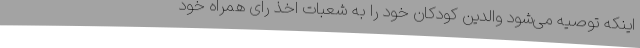
اینکه توصیه می‌شود والدین کودکان خود را به شعبات اخذ رای همراه خود